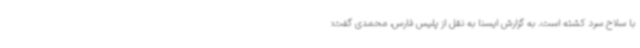
با سلاح سرد کشته است. به گزارش ایسنا به نقل از پلیس فارس، محمدی گفت: